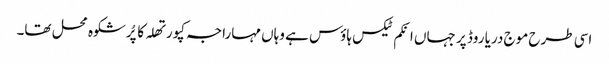
اسی طرح موج دریا روڈ پر جہاں انکم ٹیکس ہاؤس ہے وہاں مہاراجہ کپورتھلہ کا پُرشکوہ محل تھا۔